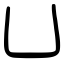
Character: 凵